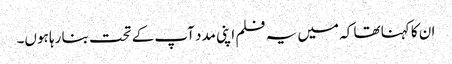
ان کا کہنا تھا کہ میں یہ فلم اپنی مدد آپ کے تحت بنا رہا ہوں۔